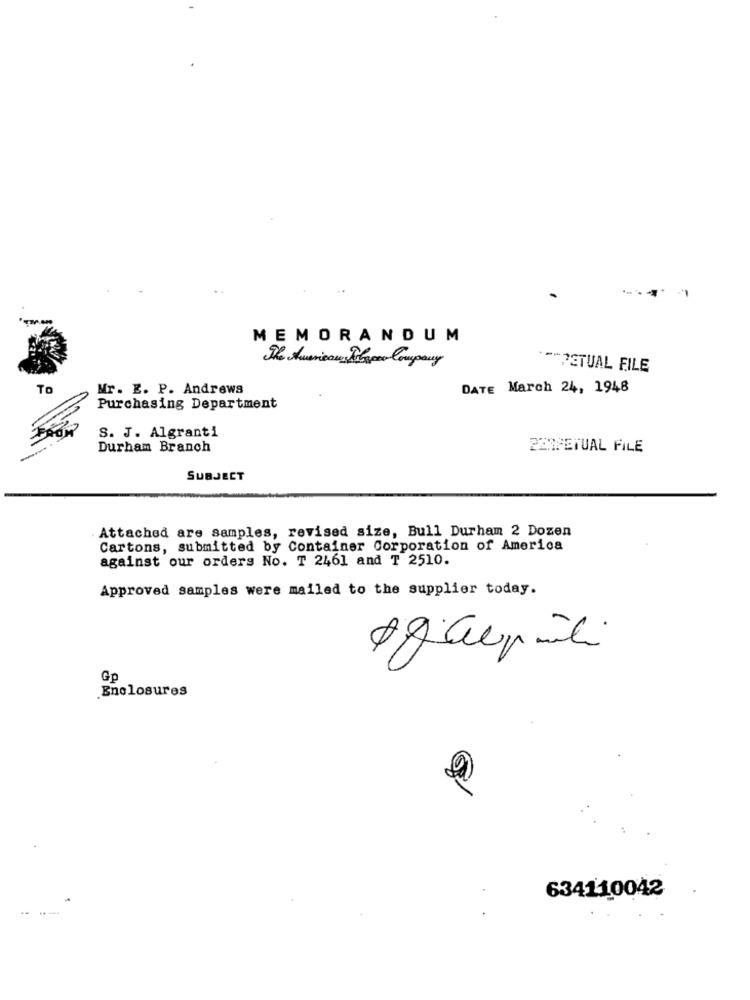
MEMORANDUM
The Americas Also Company
** PETUAL FILE
To
Mr. E. P. Andrews
DATE March 24, 1948
Purchasing Department
S. J. Algranti
Durham Branch
PERPETUAL FILE
SUBJECT
Attached are samples, revised size, Bull Durham 2 Dozen
Cartons, submitted by Container Corporation of America
against our orders No. T 2461 and T 2510.
Approved samples were mailed to the supplier today.
Gp
.Enclosures
634110042